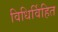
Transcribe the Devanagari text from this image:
विधिर्विहित